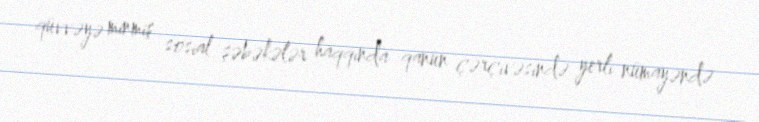
qüvvəyə minmiş sosial şəbəkələr haqqında qanun çərçivəsində yerli nümayəndə